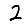
Digit: 2